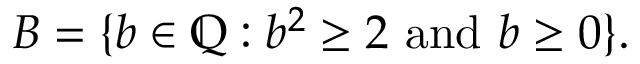
B = \{ b \in \mathbb { Q } : b ^ { 2 } \geq 2 { \mathrm { ~ a n d ~ } } b \geq 0 \} .